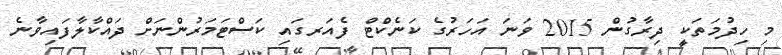
މި ހިދުމަތަކީ ދިރާގުން 2015 ވަނަ އަހަރުގެ ކަނެކްޓް ފެއަރގައި ކަސްޓަމަރުންނަށް ދައްކާލާފައިވާނެ